Indian journal of veterinary science and animal husbandry - Volume 13,
Year: 1943
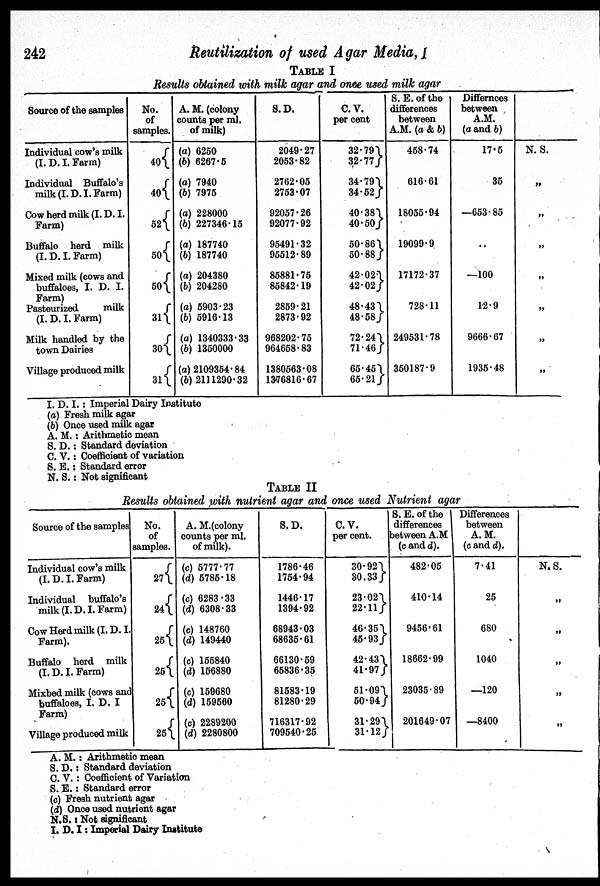
242
Reutilization of used Agar Media, I
TABLE I
Results obtained with milk agar and once used milk agar
Source of the samples
Individual cow's milk
(I. D. I. Farm)
Individual Buffalo's
milk (I.D.I. Farm)
Cow herd milk (I. D. I.
Farm)
Buffalo herd milk
(I. D. I. Farm)
Mixed milk (cows and
buffaloes, I. D. I.
Farm)
Pasteurized
milk
(I. D. I. Farm)
Milk handled by the
town Dairies
Village produced milk
No.
of
samples.
40
40
52
50
50
31
30
31
A. M. (colony
counts per ml.
of milk)
(a) 6250
(b) 6267.5
(a) 7940
(b) 7975
(a) 228000
(b) 227346.15
(a) 187740
(b) 187740
(a) 204380
(b) 204280
(a) 5903.23
(b) 5916.13
(a) 1340333.33
(b) 1350000
(a) 2109354.84
(b)2111290.32
S.D.
2049.27
2053.82
2762.05
2753.07
92057.26
92077.92
95491.32
95512.89
85881.75
85842.19
2859.21
2873.92
968202.75
964658.83
1380563.08
1376816.67
C.V.
per cent
32.79
32.77
34.79
34.52
40.38
40.50
50.86
50.88
42.02
42.02
48.43
48.58
72.24
71.46
65.451
65.21
S. E. of the
differences
between
A.M. (a & b)
458.74
616.61
18055.94
19099.9
17172.37
728.11
249531.78
350187.9
Differnces
between
A.M.
(a and b)
17.5
35
—653.85
..
—100
12.9
9666.67
1935.48
N.S.
„
„
„
„
„
„
„
I. D. I. : Imperial Dairy Institute
(a) Fresh milk agar
(b) Once used milk agar
A.M.: Arithmetic mean
S. D.: Standard deviation
C. V.: Coefficient of variation
S. E.: Standard error
N. S.: Not significant
TABLE II
Results obtained with nutrient agar and once used Nutrient agar
Source of the samples
Individual cow's milk
(I. D. I. Farm)
Individual buffalo's
milk (I. D. I. Farm)
Cow Herd milk (I. D. I.
Farm).
Buffalo herd milk
(I. D. I. Farm)
Mixbed milk (cows and
buffaloes, I. D. I
Farm)
Village produced milk
No.
of
samples.
27
24
25
25
25
25
A. M.(colony
counts per ml.
of milk).
(c) 5777.77
(d) 5785.18
(c) 6283.33
(d) 6308.33
(c) 148760
(d) 149440
(c) 155840
(d) 156880
(c) 159680
(d) 159560
(c) 2289200
(d) 2280800
S.D.
1786.46
1754.94
1446.17
1394.92
68943.03
68635.61
66130.59
65836.35
81583.19
81280.29
716317.92
709540.25
C.V.
per cent.
30.92
30.33
23.02
22.11
46.35
45.93
42.43
41.97
51.09
50.94
31.29
31.12
S.E.of the
differences
between A.M
(c and d).
482.05
410.14
9456.61
18662.99
23035.89
201649.07
Differences
between
A.M.
(c and d).
7.41
25
680
1040
—120
—8400
N.S.
„
„
„
„
„
A.M.: Arithmetic mean
S. D.: Standard deviation
C. V.: Coefficient of Variation
S. E.: Standard error
(c) Fresh nutrient agar
(d) Once used nutrient agar
N.S.: Not significant
I. D. I: Imperial Dairy Institute